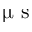
\upmu \textrm { s }